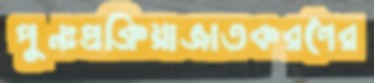
পুনঃপ্রক্রিয়াজাতকরণের